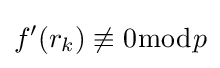
f'(r_{k})\not \equiv 0{\bmod {p}}